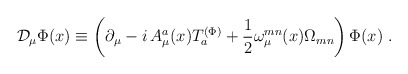
\begin{align*}{\cal D}_\mu \Phi (x)\equiv \left( \partial _\mu -i\,{A_\mu ^a}(x)T_a^{(\Phi)}+\frac 12\omega _\mu ^{mn}(x)\Omega _{mn}\right) \Phi (x)\,\,.\end{align*}